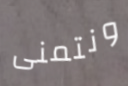
ونتمنى